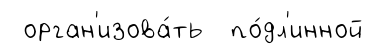
орган'изова́ть по́дл'инной